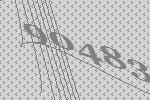
90483